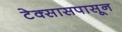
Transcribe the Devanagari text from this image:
टेक्सासपासून